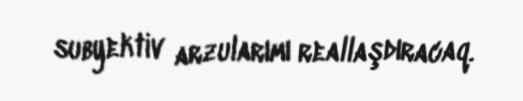
subyektiv arzularımı reallaşdıracaq.